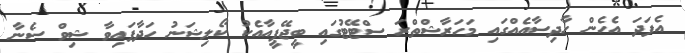
އެފަދަ އެހެން ހާދިސާއެއްގައި މަހަރާޝްތްރަ ސްޓޭޓުގައި ބީޖޭޕީއާއެކު ކޯލިޝަނު ހަދާފައިވާ ޝިވް ސެނާ